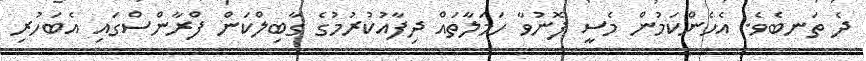
ދެ ތަނބެވެ. އެހެންކަމުން މެސީ ފޮނުވާ ހަމަލާތައް ދިފާއުކުރުމުގެ ގާބިލްކަން ފްރާންސްގައި އެބަހުރި